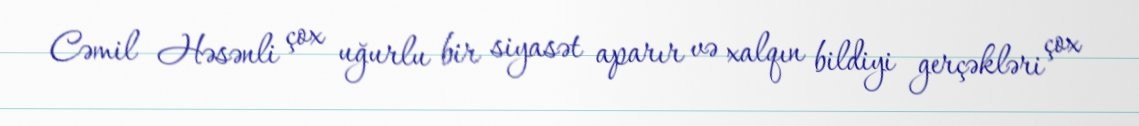
Cəmil Həsənli çox uğurlu bir siyasət aparır və xalqın bildiyi gerçəkləri çox